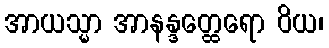
အာယသ္မာ အာနန္ဒတ္ထေရော ဝိယ၊